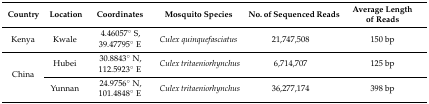
<table><thead><tr><td><b>Country</b></td><td><b>Location</b></td><td><b>Coordinates</b></td><td><b>Mosquito Species</b></td><td><b>No. of Sequenced Reads</b></td><td><b>Average Length of Reads</b></td></tr></thead><tbody><tr><td>Kenya</td><td>Kwale</td><td>4.46057° S, 39.47795° E</td><td><i>Culex quinquefasciatus</i></td><td>21,747,508</td><td>150 bp</td></tr><tr><td rowspan="2">China</td><td>Hubei</td><td>30.8843° N, 112.5923° E</td><td><i>Culex tritaeniorhynchus</i></td><td>6,714,707</td><td>125 bp</td></tr><tr><td>Yunnan</td><td>24.9756° N, 101.4848° E</td><td><i>Culex tritaeniorhynchus</i></td><td>36,277,174</td><td>398 bp</td></tr></tbody></table>